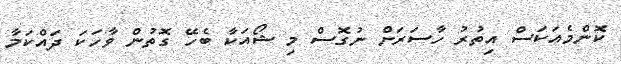
ކޮންމެއަކަސް އިތުރު ހާސަރަށް ނުގޮސް މި ޝޯއަކާ ބެހޭ ގޮތުން ވާހަކަ ދައްކަމާ